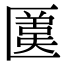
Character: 𠥛